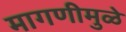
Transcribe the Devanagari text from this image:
मागणीमुळे